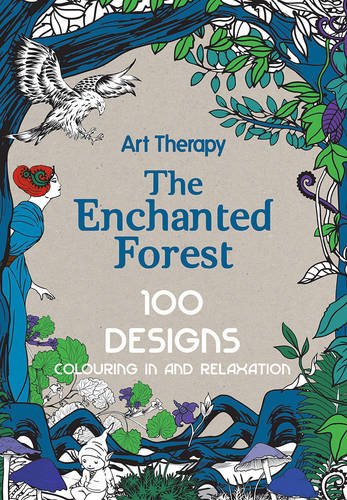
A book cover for Art Therapy: The Enchanted Forest: 100 Designs Colouring In and Relaxation; Arts & Photography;